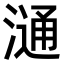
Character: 𣻢